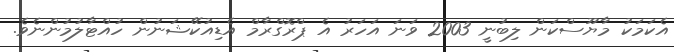
އެކަމަކު މާޔޫސްކަން ލިބުނީ 2003 ވަނަ އަހަރު އެ ޕްރޮގްރާމް އެޑިއުކޭޝަނުން ހުއްޓާލުމުންނެވެ.